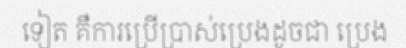
ទៀត គឺការប្រើប្រាស់ប្រេងដូចជា ប្រេង